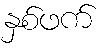
နှစ်ဖက်